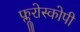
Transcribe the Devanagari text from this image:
फ्लूरोस्कोपी